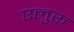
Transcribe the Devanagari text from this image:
एलुरू